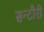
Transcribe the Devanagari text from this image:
सन्टौरी